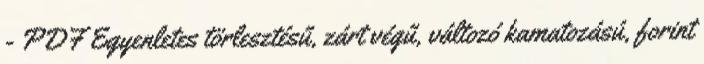
- PDF Egyenletes törlesztésű, zárt végű, változó kamatozású, forint